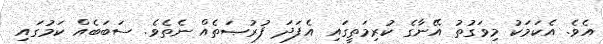
އެވެ. އެކަމަކު މިވަގުތު އޭނާގެ ކުރިމަތީގައި އެފަދަ ފުރުޞަތެއް ނެތެވެ. ސަބަބެއް ކަމުގައި